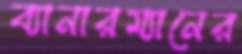
ব্যানারম্যানের